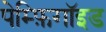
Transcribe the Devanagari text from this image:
पेम्फ़िगॉइड